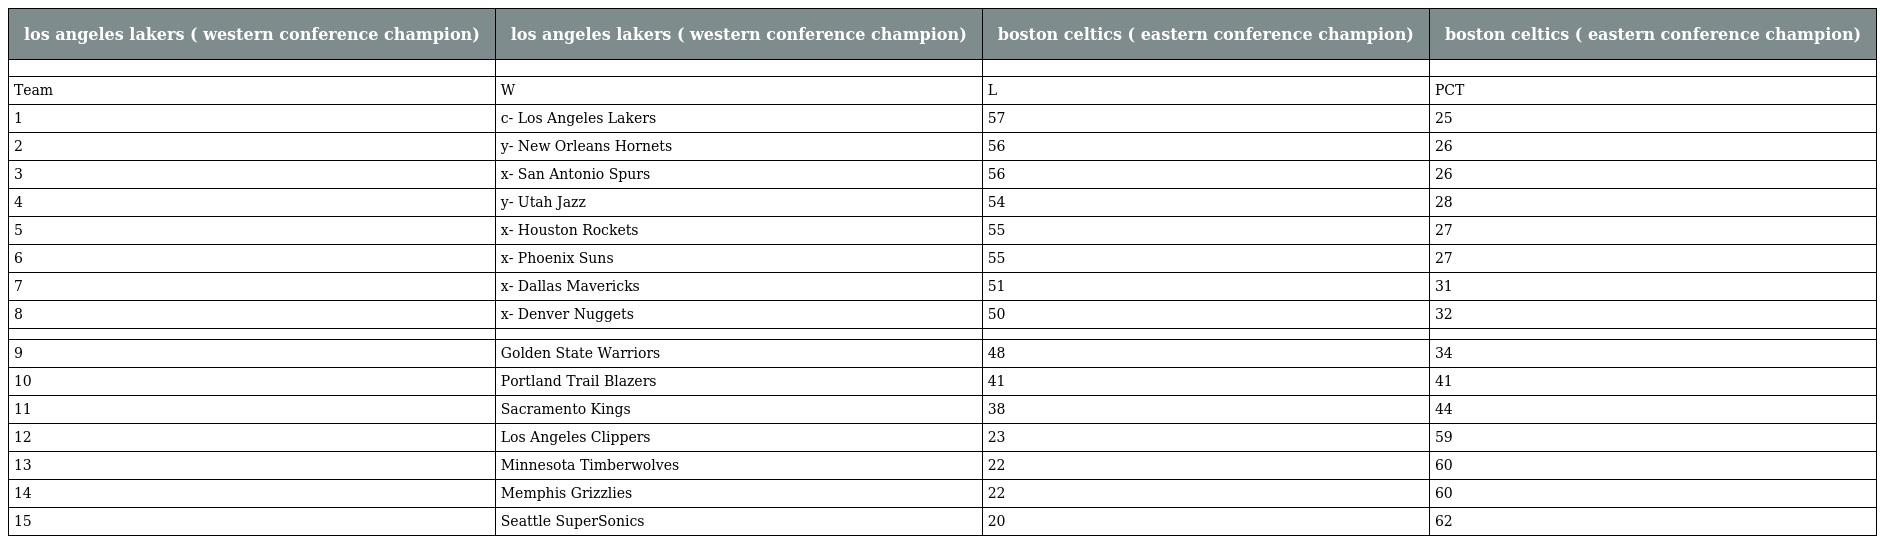
| los angeles lakers ( western conference champion) | los angeles lakers ( western conference champion) | boston celtics ( eastern conference champion) | boston celtics ( eastern conference champion) |
 | --- | --- | --- | --- |
 |  |  |  |  |
 | Team | W | L | PCT |
 | 1 | c- Los Angeles Lakers | 57 | 25 |
 | 2 | y- New Orleans Hornets | 56 | 26 |
 | 3 | x- San Antonio Spurs | 56 | 26 |
 | 4 | y- Utah Jazz | 54 | 28 |
 | 5 | x- Houston Rockets | 55 | 27 |
 | 6 | x- Phoenix Suns | 55 | 27 |
 | 7 | x- Dallas Mavericks | 51 | 31 |
 | 8 | x- Denver Nuggets | 50 | 32 |
 |  |  |  |  |
 | 9 | Golden State Warriors | 48 | 34 |
 | 10 | Portland Trail Blazers | 41 | 41 |
 | 11 | Sacramento Kings | 38 | 44 |
 | 12 | Los Angeles Clippers | 23 | 59 |
 | 13 | Minnesota Timberwolves | 22 | 60 |
 | 14 | Memphis Grizzlies | 22 | 60 |
 | 15 | Seattle SuperSonics | 20 | 62 |